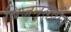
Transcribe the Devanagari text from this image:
बिजनसवील